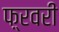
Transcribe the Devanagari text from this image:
फ़्रवरी